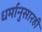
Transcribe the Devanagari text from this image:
धर्मानुसारही